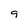
Character: 9